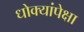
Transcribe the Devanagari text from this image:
धोक्यांपेक्षा